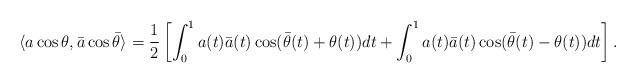
LaTeX: \begin{align*}\langle a\cos\theta, \bar{a}\cos \bar{\theta}\rangle=\frac1{2}\left[ \int_{0}^{1} a(t)\bar{a}(t)\cos (\bar{\theta}(t)+\theta(t)) dt+\int_{0}^{1} a(t)\bar{a}(t)\cos (\bar{\theta}(t)-\theta(t)) dt\right] .\end{align*}